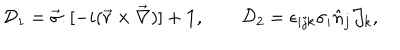
LaTeX: { \cal D } _ { 1 } = \vec { \sigma } . [ - i ( \vec { r } \times \vec { \nabla } ) ] + { \bf 1 } , \qquad { \cal D } _ { 2 } = \epsilon _ { i j k } \sigma _ { i } \hat { n } _ { j } { \cal J } _ { k } ,